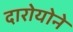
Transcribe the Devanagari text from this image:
दारोयोने